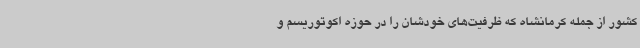
کشور از جمله کرمانشاه که ظرفیت‌های خودشان را در حوزه اکوتوریسم و